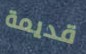
قديمة